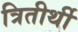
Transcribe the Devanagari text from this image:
त्रितीर्थी